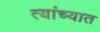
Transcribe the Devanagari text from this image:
त्‍यांच्‍यात